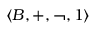
\langle B , + , \lnot , 1 \rangle